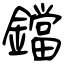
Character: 鐺